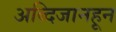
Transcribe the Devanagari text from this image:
अब्दिजानहून